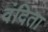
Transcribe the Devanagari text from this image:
वंदिता